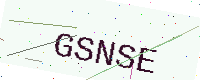
Text: GSNSE